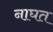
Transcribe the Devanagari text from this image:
नाघत